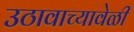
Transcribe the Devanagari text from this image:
उठावाच्यावेळी